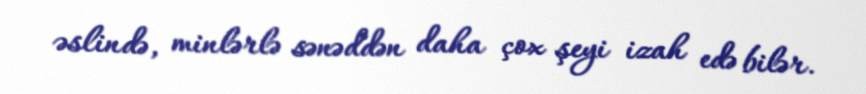
əslində, minlərlə sənəddən daha çox şeyi izah edə bilər.